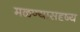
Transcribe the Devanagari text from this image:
मळण्यासदृष्य